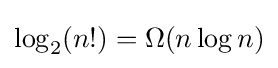
\log _{2}(n!)=\Omega (n\log n)